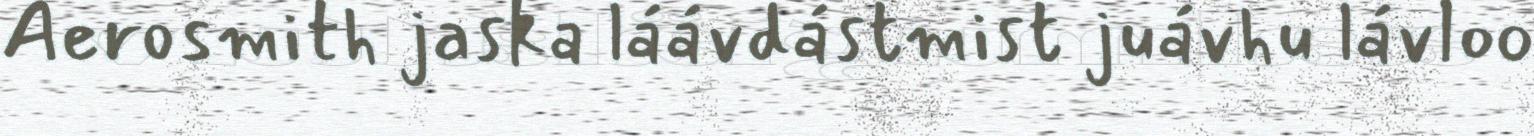
Aerosmith jaska láávdástmist juávhu lávloo